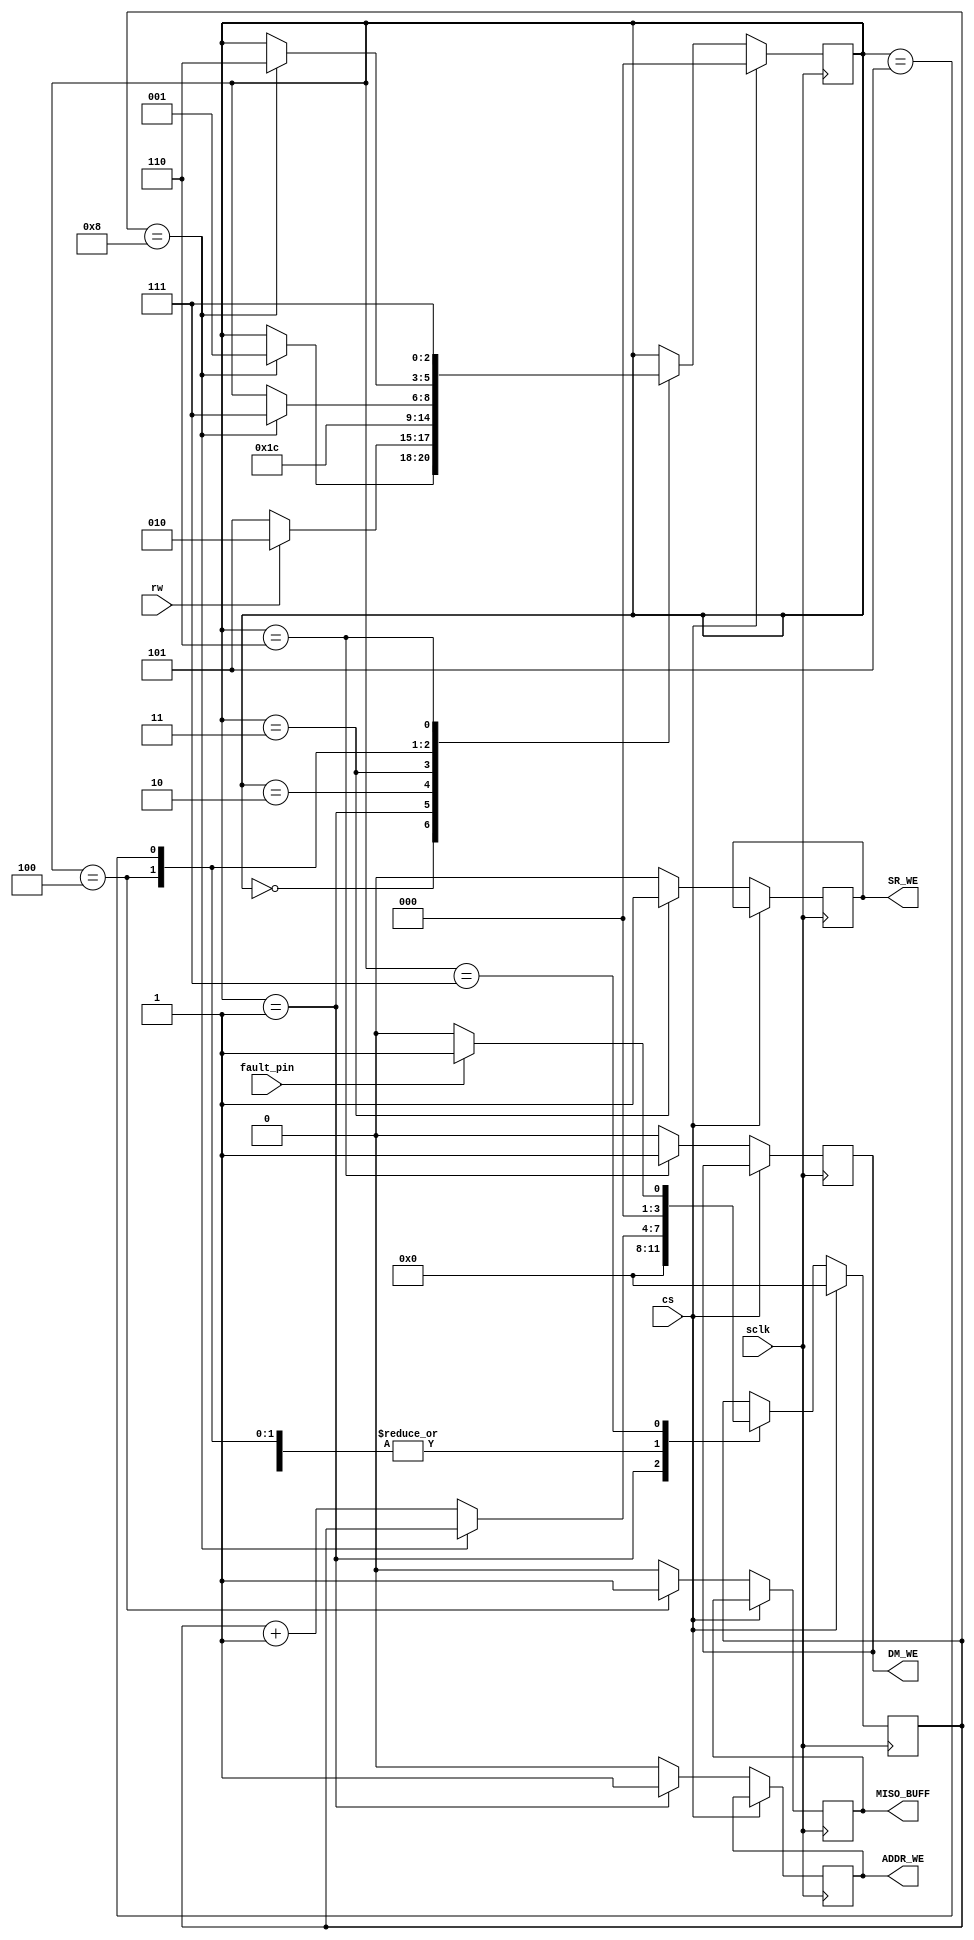
/*
 * simple finite state machine to encode control signals based on states
 */
module finitestatemachine_breakable 
(
	input cs, // conditioned output from chip select
	input sclk, // positive edge of the serial clock 
	input rw, // shift register out[0], the R/W bit to decide between read1 & write 1
	input fault_pin,
	output reg MISO_BUFF, // MISO enable, 0 if it is write, which will produce a tri-state MISO
	output reg DM_WE, // data memory write enable
	output reg ADDR_WE, // address latch write enable, will be 1 if got
	output reg SR_WE // shift register write from data memory enable
);

/*
 * state encoding
 */
localparam STATE_Get = 0,
		   STATE_Got = 1,
		   STATE_Read1 = 2,
		   STATE_Read2 = 3,
		   STATE_Read3 = 4,
		   STATE_Write1 = 5,
		   STATE_Write2 = 6,
		   STATE_Done = 7;

/*
 * state reg declaration
 */

 reg[2:0] CurrentState;
 reg[3:0] counter;

 always @(posedge sclk) begin
 	if (cs) begin // reset if cs is high
 		CurrentState <= 0;
 		counter <= 0;
 	end
 	else begin // reset control signals 
 		MISO_BUFF <= 0;
 		DM_WE <= 0;
 		ADDR_WE <= 0;
 		SR_WE <= 0;

 		/*
 		 * case statement to change around states given the situation
 		 */
 		case (CurrentState)
 			STATE_Get: begin // read address bits from MOSI
 				if (counter == 8) begin
 					CurrentState <= STATE_Got; 
 				end else begin
 					counter <= counter + 1; 
 				end
 			end

 			STATE_Got: begin // branch to read or write based on r/w and enable address latch
 				counter <= 0;
 				ADDR_WE <= 1;
 				if (rw) begin
 					CurrentState <= STATE_Read1;
 				end else begin
 					CurrentState <= STATE_Write1;
 				end
 			end

 			STATE_Read1: begin // wait one cycle to start reading
 				CurrentState <= STATE_Read2;
 			end

 			STATE_Read2: begin // enable shift register write and load data
 				SR_WE <= 1;
 				CurrentState <= STATE_Read3;
 			end

 			STATE_Read3: begin // start MISO
 				MISO_BUFF <= 1;
 				if (counter == 8) begin
 					CurrentState <= STATE_Done;
 				end else begin
 					counter <= counter + 1;
 				end
 			end

 			STATE_Write1: begin // read 8-bit data from MOSI
 				if (counter == 8) begin
 					CurrentState <= STATE_Write2;
 				end else begin
 					counter <= counter + 1;
 				end
 			end

 			STATE_Write2: begin // parallel out to data memory
 				DM_WE <= 1;
 				CurrentState <= STATE_Done;
 			end

 			STATE_Done: begin // done and reset counter
 				if (fault_pin) begin
 					counter <= 1;
 				end else begin
 					counter <= 0;
 				end			
 			end
 		endcase
 	end
 end
endmodule